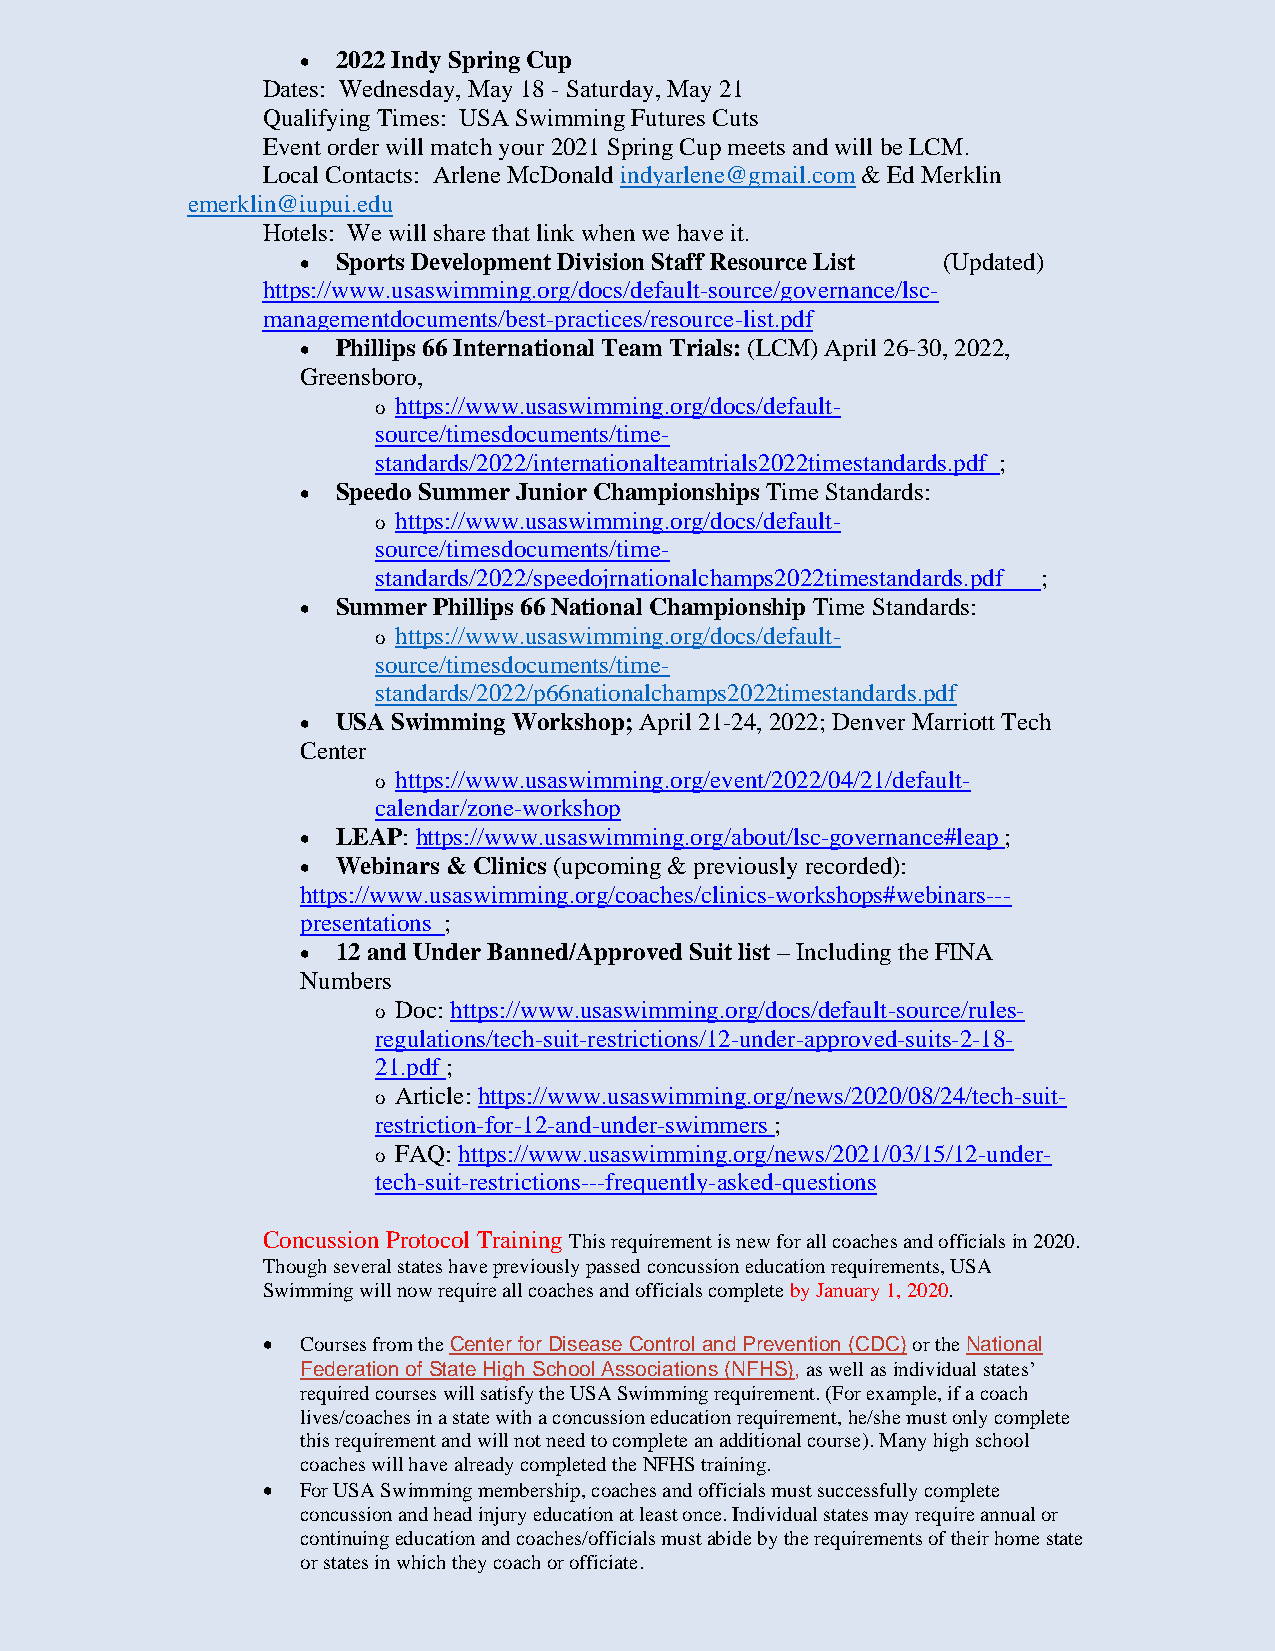
• 2022 Indy Spring Cup
 Dates: Wednesday, May 18 - Saturday, May 21
 Qualifying Times: USA Swimming Futures Cuts
 Event order will match your 2021 Spring Cup meets and will be LCM.
 Local Contacts: Arlene McDonald indyarlene@gmail.com & Ed Merklin
 emerklin@iupui.edu
 Hotels: We will share that link when we have it.
 • Sports Development Division Staff Resource List (Updated)
 https://www.usaswimming.org/docs/default-source/governance/lsc-
 managementdocuments/best-practices/resource-list.pdf
 • Phillips 66 International Team Trials: (LCM) April 26-30, 2022,
 Greensboro,
 o https://www.usaswimming.org/docs/default-
 source/timesdocuments/time-
 standards/2022/internationalteamtrials2022timestandards.pdf ;
 • Speedo Summer Junior Championships Time Standards:
 o https://www.usaswimming.org/docs/default-
 source/timesdocuments/time-
 standards/2022/speedojrnationalchamps2022timestandards.pdf ;
 • Summer Phillips 66 National Championship Time Standards:
 o https://www.usaswimming.org/docs/default-
 source/timesdocuments/time-
 standards/2022/p66nationalchamps2022timestandards.pdf
 • USA Swimming Workshop; April 21-24, 2022; Denver Marriott Tech
 Center
 o https://www.usaswimming.org/event/2022/04/21/default-
 calendar/zone-workshop
 • LEAP: https://www.usaswimming.org/about/lsc-governance#leap ;
 • Webinars & Clinics (upcoming & previously recorded):
 https://www.usaswimming.org/coaches/clinics-workshops#webinars---
 presentations ;
 • 12 and Under Banned/Approved Suit list – Including the FINA
 Numbers
 o Doc: https://www.usaswimming.org/docs/default-source/rules-
 regulations/tech-suit-restrictions/12-under-approved-suits-2-18-
 21.pdf ;
 o Article: https://www.usaswimming.org/news/2020/08/24/tech-suit-
 restriction-for-12-and-under-swimmers ;
 o FAQ: https://www.usaswimming.org/news/2021/03/15/12-under-
 tech-suit-restrictions---frequently-asked-questions
 Concussion Protocol Training This requirement is new for all coaches and officials in 2020.
 Though several states have previously passed concussion education requirements, USA
 Swimming will now require all coaches and officials complete by January 1, 2020.
 •  Courses from the Center for Disease Control and Prevention (CDC) or the National
 Federation of State High School Associations (NFHS), as well as individual states’
 required courses will satisfy the USA Swimming requirement. (For example, if a coach
 lives/coaches in a state with a concussion education requirement, he/she must only complete
 this requirement and will not need to complete an additional course). Many high school
 coaches will have already completed the NFHS training.
 •  For USA Swimming membership, coaches and officials must successfully complete
 concussion and head injury education at least once. Individual states may require annual or
 continuing education and coaches/officials must abide by the requirements of their home state
 or states in which they coach or officiate.